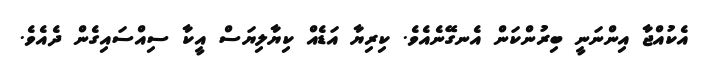
އެކުއްޖާ އިންނަނީ ބިރުންކަން އެނގޭނެއެވެ. ކިރިޔާ އަޑެއް ކިޔާލިޔަސް އީކާ ސިއްސައިގެން ދެއެވެ.